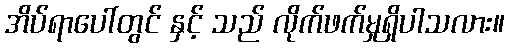
အိပ်ရာပေါ်တွင် နှင့် သည် လိုက်ဖက်မှုရှိပါသလား။